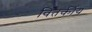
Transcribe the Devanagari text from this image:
वितर्कीय